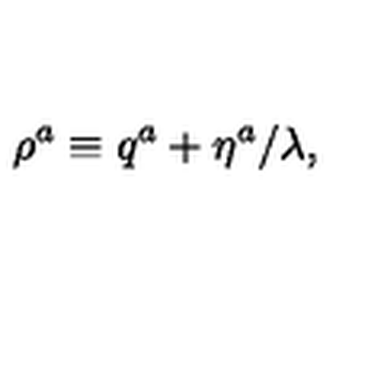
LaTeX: \rho ^ { a } \equiv q ^ { a } + \eta ^ { a } / \lambda ,